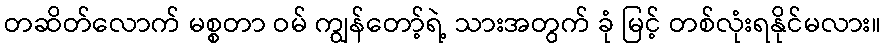
တဆိတ်လောက် မစ္စတာ ဝမ် ကျွန်တော့်ရဲ့ သားအတွက် ခုံ မြင့် တစ်လုံးရနိုင်မလား။